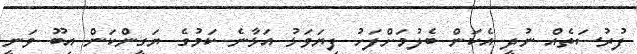
ފުރުސަތެއް ނުދީ އެކަން ބެލުމަށްފަހު ފިޔަވަޅު އަޅާނެ ކަމުގެ ޔަގީންކަން އިބޫ ވަނީ